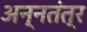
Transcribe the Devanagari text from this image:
अन्नतंत्र